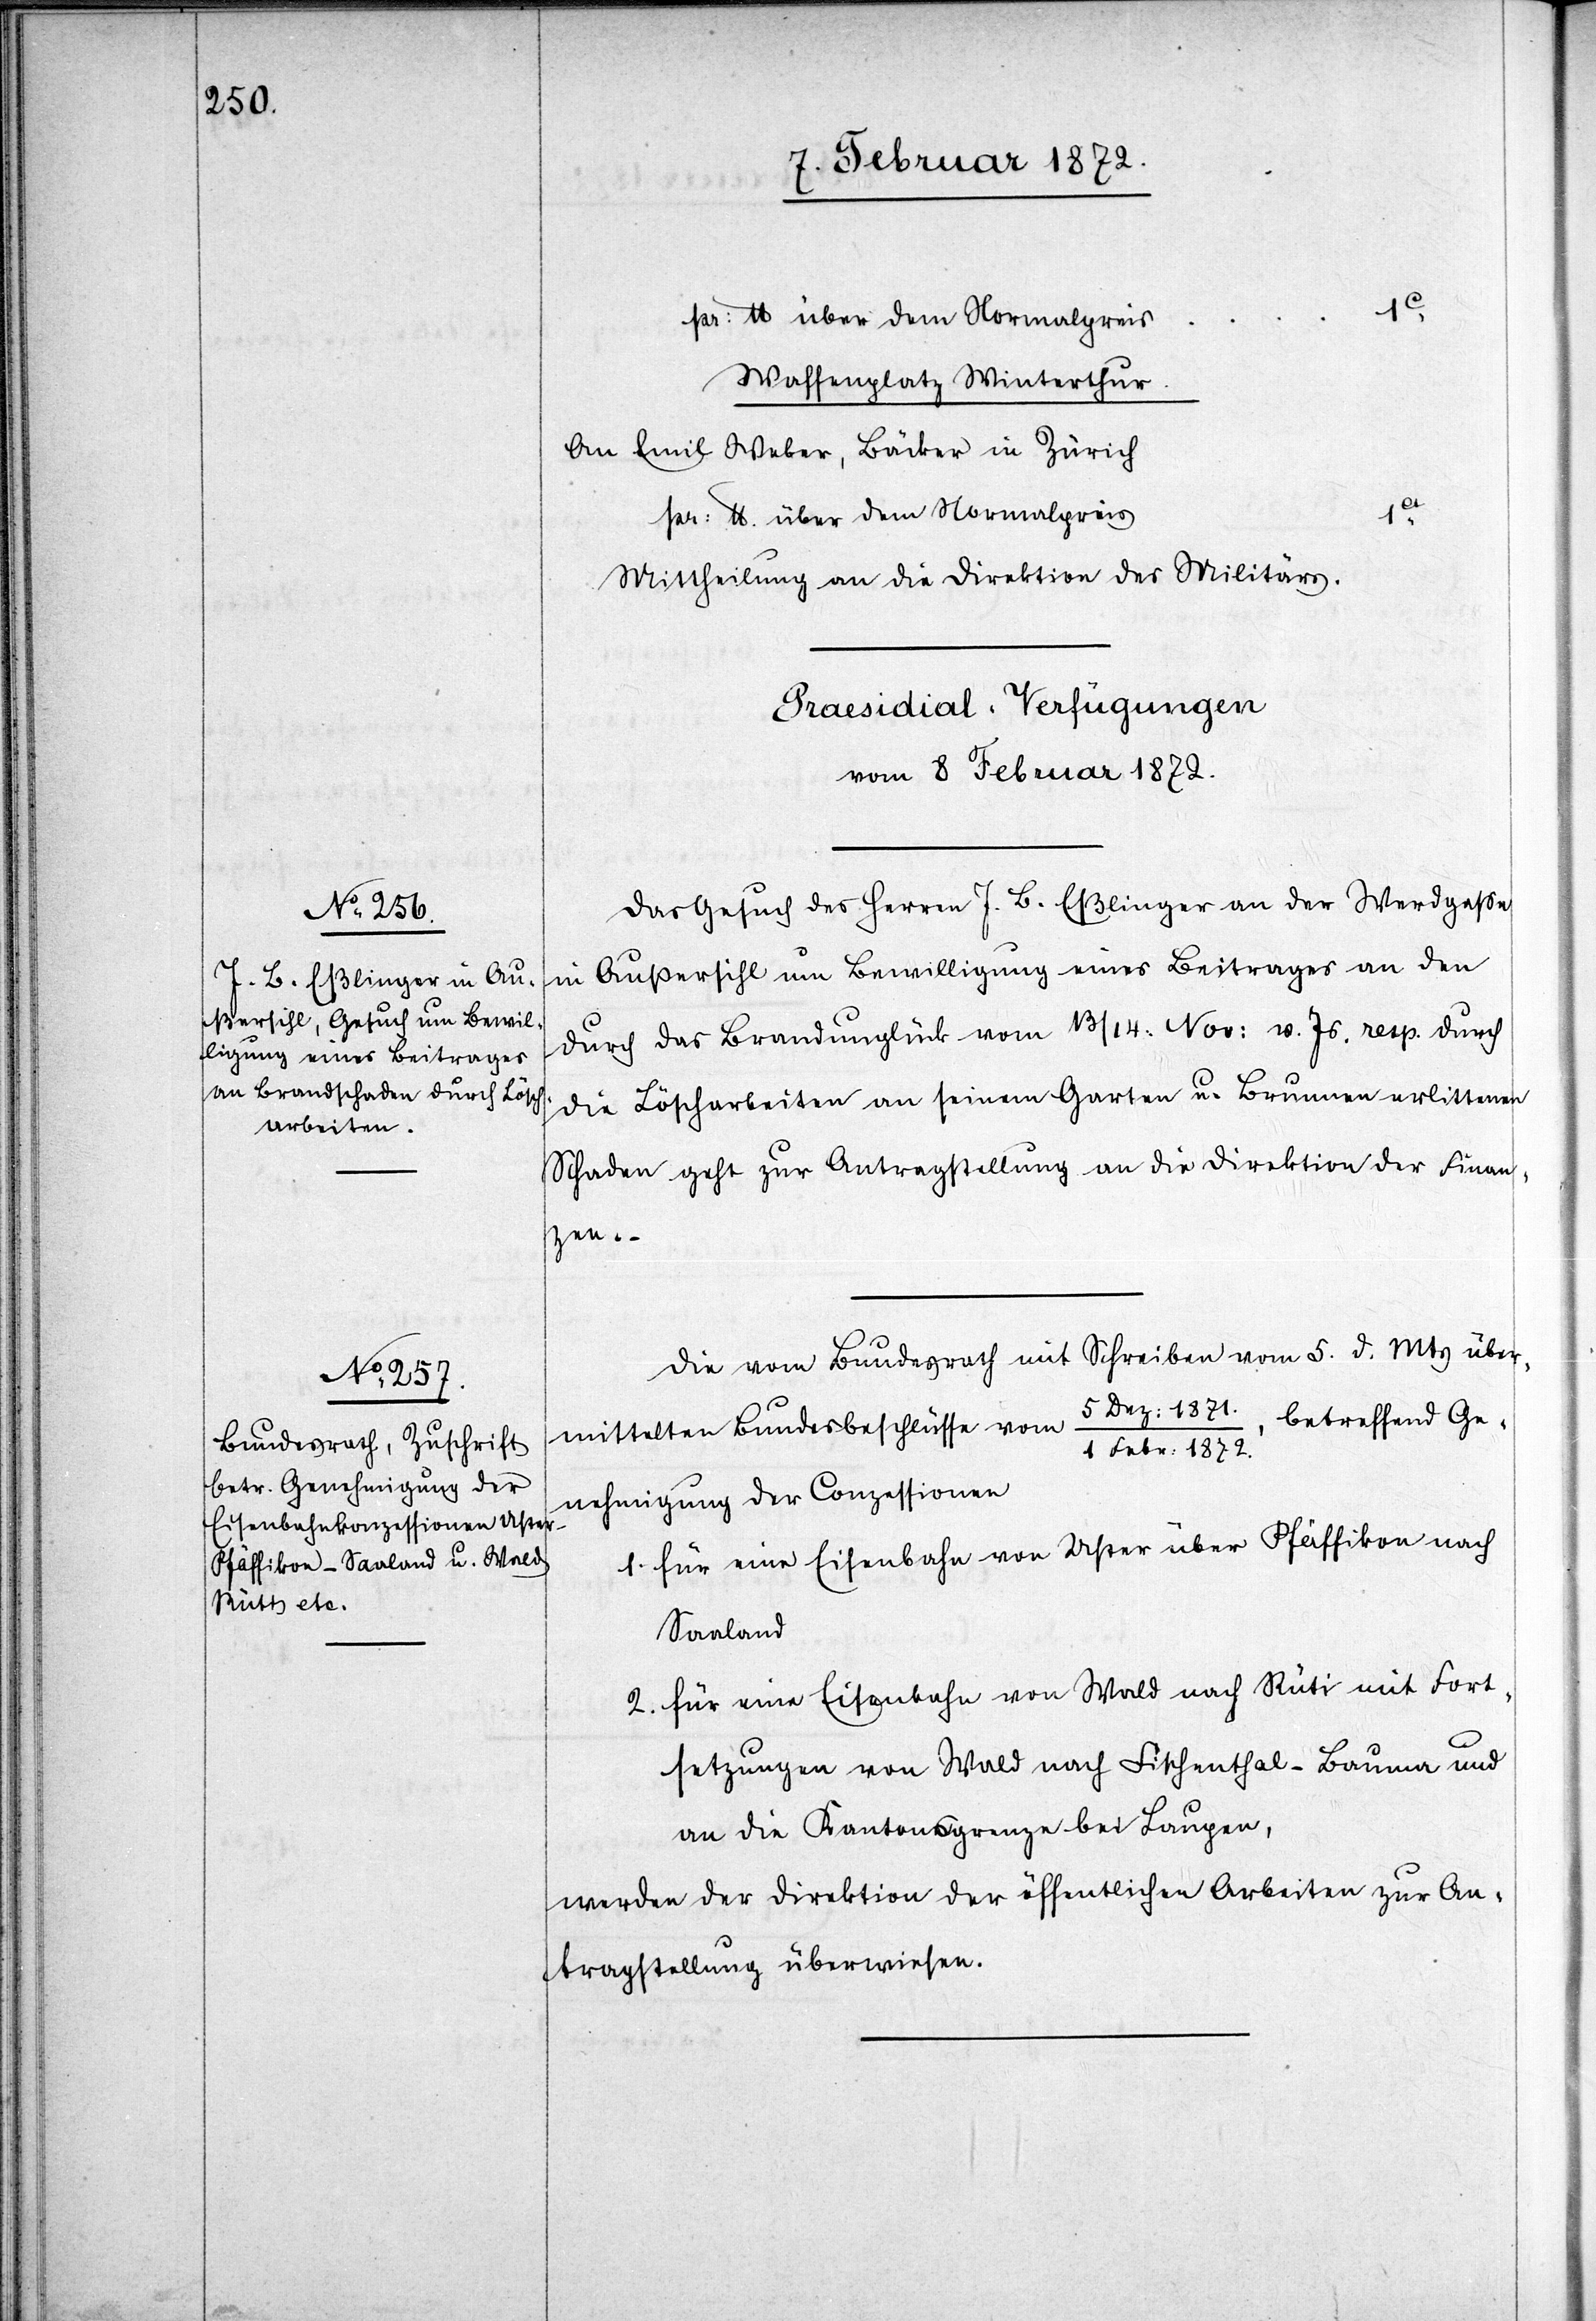
1c
pr. U über dem Normalpreis
1c
Waffenplatz Winterthur
An Emil Weber, Bäcker in Zürich
pr. U. über dem Normalpreis
Mittheilung an die Direktion des Militärs.
[Präsidial-Verfügungen
vom 8 Februar 1872.]
Das Gesuch des Herren J. B. Eßlinger an der Werdgasse
in Außersihl um Bewilligung eines Beitrages an den
durch das Brandunglück vom 13/14 Nov. v. Js. resp. durch
die Löscharbeiten an seinem Garten u. Brunnen erlittenen
Schaden geht zur Antragsstellung an die Direktion der Finan¬
zen.
Die vom Bundesrath mit Schreiben vom 5. d. Mts über¬
mittelten Bundesbeschlüsse vom 5 Dez. 1871/1 Febr. 1872., betreffend Ge¬
nehmigung der Conzessionen
1. für eine Eisenbahn von Uster über Pfäffikon nach
Saaland
2. für eine Eisenbahn von Wald nach Rüti mit Fort¬
setzung von Wald nach Fischenthal–Bauma und
an die Kantonsgrenze bei Laupen,
werden der Direktion der öffentlichen Arbeiten zur An¬
tragsstellung überwiesen.